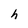
Character: h